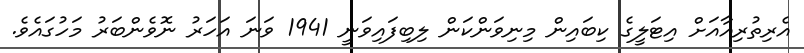
އެރިތުރިއާއަށް އިޓަލީގެ ކިބައިން މިނިވަންކަން ލިބިފައިވަނީ 1941 ވަނަ އަހަރު ނޮވެންބަރު މަހުގައެވެ.